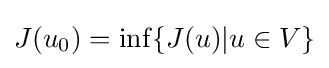
J(u_{0})=\inf\{J(u)|u\in V\}